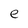
Character: e